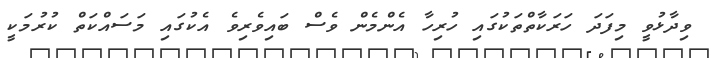
ވިދާޅުވީ މިފަދަ ހަރަކާތްތަކުގައި ހުރިހާ އެންމެން ވެސް ބައިވެރިވެ އެކުގައި މަސައްކަތް ކުރުމަކީ